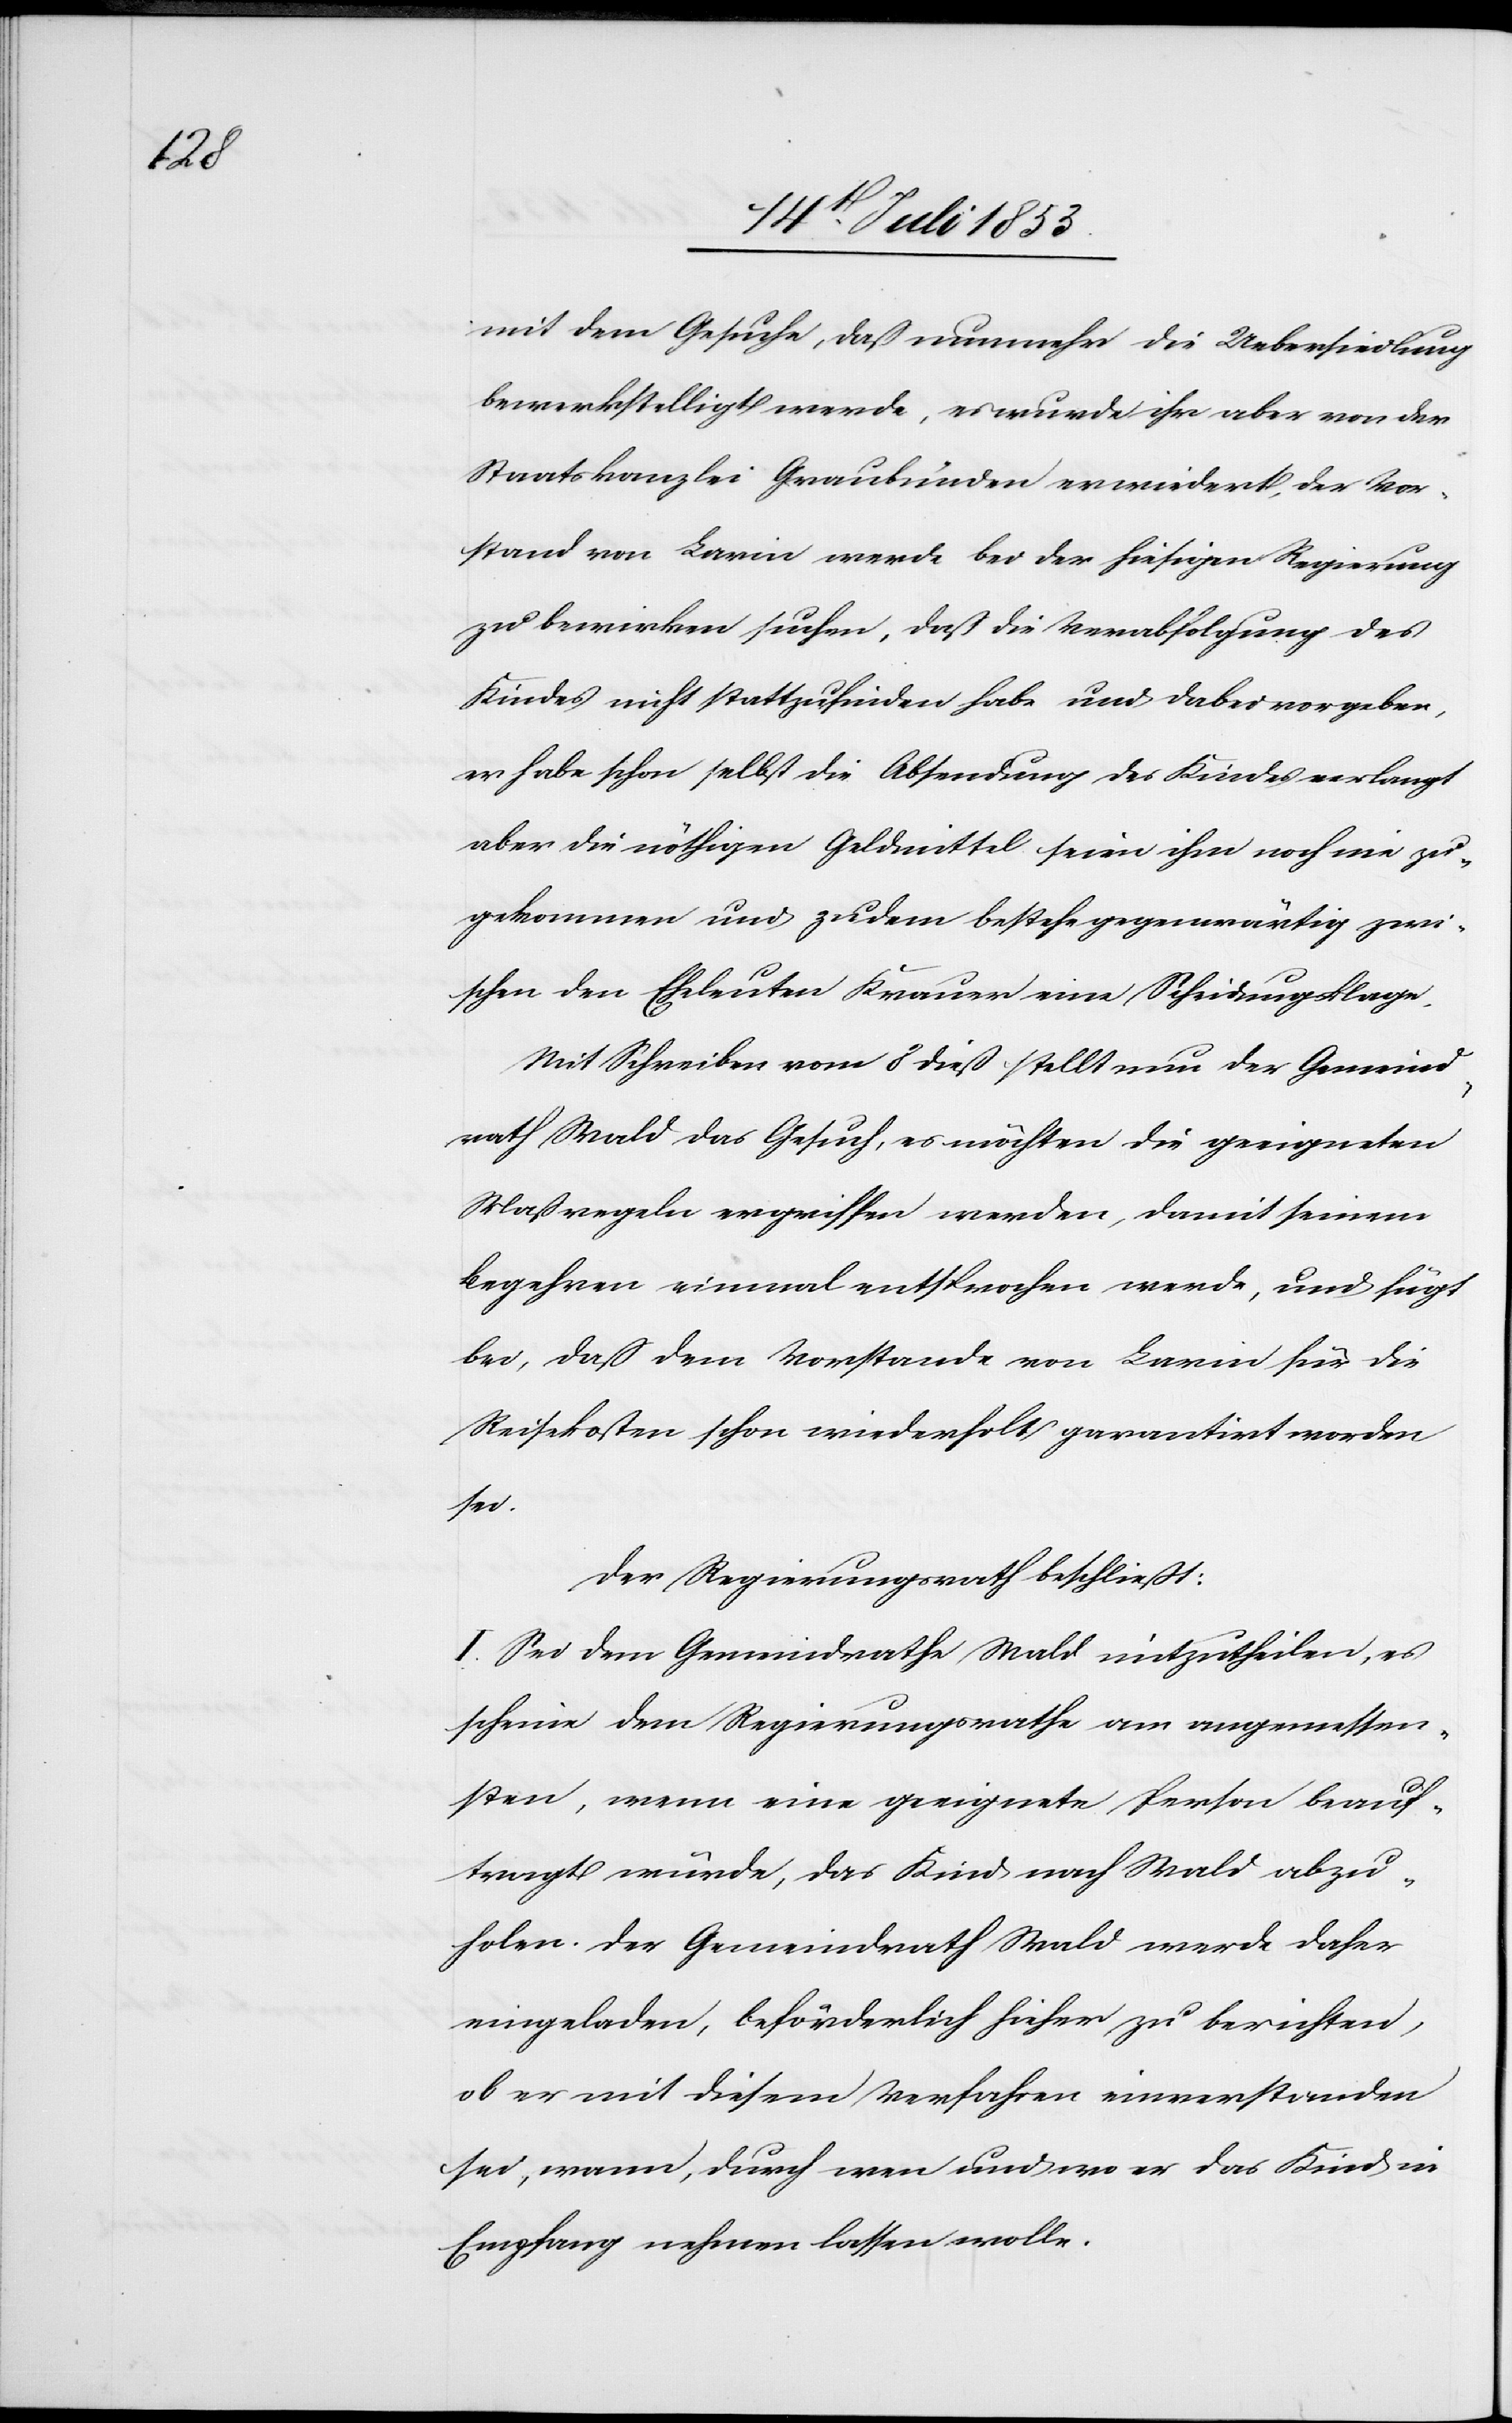
mit dem Gesuche, daß nunmehr die Uebersiedlung
bewerkstelligt werde, es wurde ihr aber von der
Staatskanzlei Graubünden erwiedert, der Vor¬
stand von Larin werde bei der hiesigen Regierung
zu bewirken suchen, daß die Verabfolgung des
Kindes nicht stattzufinden habe und dabei vorgeben,
er habe schon selbst die Absendung des Kindes verlangt
aber die nöthigen Geldmittel seien ihm noch nie zu¬
gekommen und zu dem bestehe gegenwärtig zwi¬
schen den Eheleuten Krauer eine Scheidungsklage.
Mit Schreiben vom 8 dieß stellt nun der Gemeind¬
rath Wald das Gesuch, es möchten die geeigneten
Maßregeln ergriffen werden, damit seinem
Begehren einmal entsprochen werde, und fügt
bei, daß dem Vorstande von Larin für die
Reisekosten schon wiederholt garantirt worden
sei.
Der Regierungsrath beschließt:
1. Sei dem Gemeindrathe Wald mitzutheilen, es
scheine dem Regierungsrathe am angemessen¬
sten, wenn eine geeignete Person beauf¬
tragt würde, das Kind nach Wald abzu¬
holen. Der Gemeindrath Wald werde daher
eingeladen, beförderlich hieher zu berichten,
ob er mit diesem Verfahren einverstanden
sei, wann, durch wen und wo er das Kind in
Empfang nehmen lassen wolle.